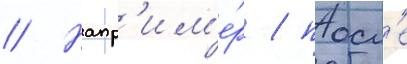
// Напр'им'е́р / посл'е